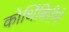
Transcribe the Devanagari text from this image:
कोथिंबिरीने